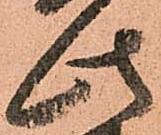
此